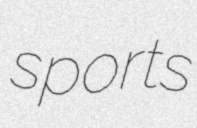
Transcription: sports